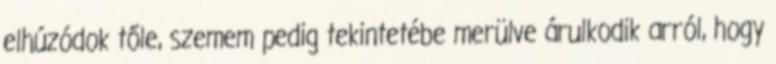
elhúzódok tőle, szemem pedig tekintetébe merülve árulkodik arról, hogy